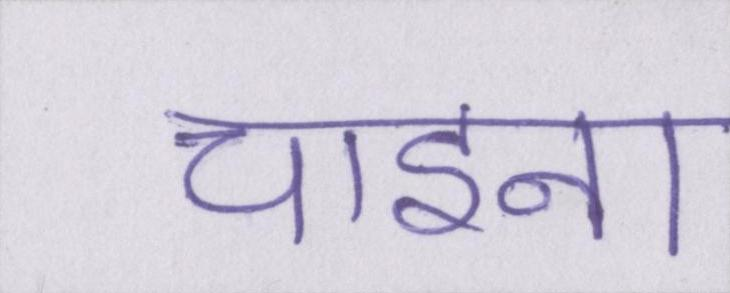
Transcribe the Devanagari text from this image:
चाइना